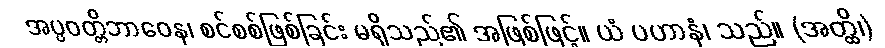
အပ္ပဝတ္တိဘာဝေန၊ စင်စစ်ဖြစ်ခြင်း မရှိသည်၏ အဖြစ်ဖြင့်။ ယံ ပဟာနံ၊ သည်။ (အတ္ထိ၊)